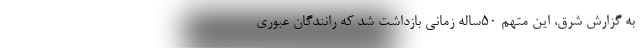
به گزارش شرق، این متهم ۵۰‌ساله زمانی بازداشت شد که رانندگان عبوری